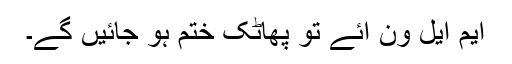
ایم ایل ون آئے تو پھاٹک ختم ہو جائیں گے۔